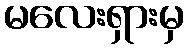
မလေးရှားမှ